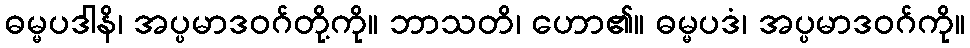
ဓမ္မပဒါနိ၊ အပ္ပမာဒဝဂ်တို့ကို။ ဘာသတိ၊ ဟော၏။ ဓမ္မပဒံ၊ အပ္ပမာဒဝဂ်ကို။